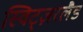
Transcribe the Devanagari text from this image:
स्विट्ज़रलैड